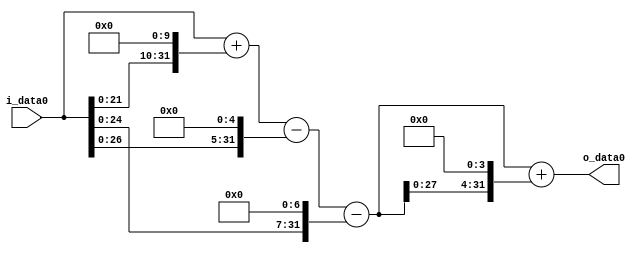
module multiplier_block_14 (
    i_data0,
    o_data0
);
  input   [31:0] i_data0;
  output  [31:0]
    o_data0;
  wire [31:0]
    w1,
    w1024,
    w1025,
    w32,
    w993,
    w128,
    w865,
    w13840,
    w14705;
  assign w1 = i_data0;
  assign w1024 = w1 << 10;
  assign w1025 = w1 + w1024;
  assign w128 = w1 << 7;
  assign w13840 = w865 << 4;
  assign w14705 = w865 + w13840;
  assign w32 = w1 << 5;
  assign w865 = w993 - w128;
  assign w993 = w1025 - w32;
  assign o_data0 = w14705;
endmodule